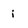
Character: j